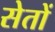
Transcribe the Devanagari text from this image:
सेतों